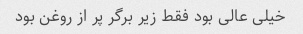
خیلی عالی بود فقط زیر برگر پر از روغن بود